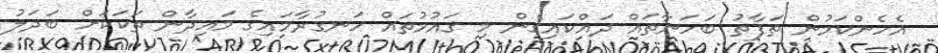
އެހެންކަމުން ތަފާތު ބަހަނާތައް ދައްކައިގެން މި ޤައުމުތައް ހަނގުރާމައިގެ މައިދާން ތަކަކަށް ބަދަލު